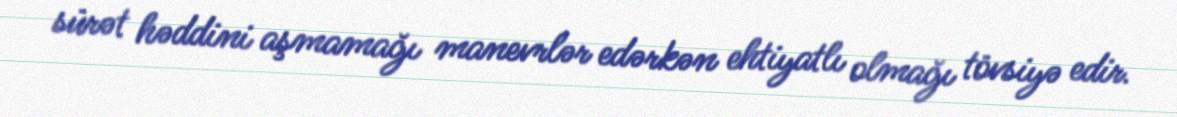
sürət həddini aşmamağı manevrlər edərkən ehtiyatlı olmağı tövsiyə edir.